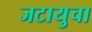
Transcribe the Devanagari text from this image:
जटायुचा